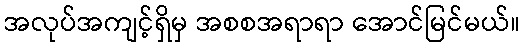
အလုပ်အကျင့်ရှိမှ အစစအရာရာ အောင်မြင်မယ်။